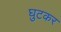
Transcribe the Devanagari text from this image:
घुटकर